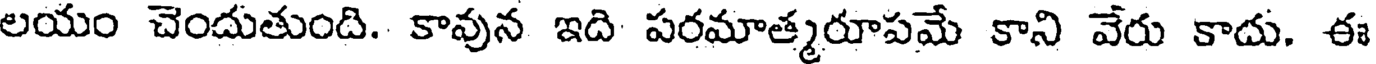
లయం చెందుతుంది. కావున ఇది పరమాత్మరూపమే కాని వేరు కాదు. ఈ